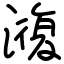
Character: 澓